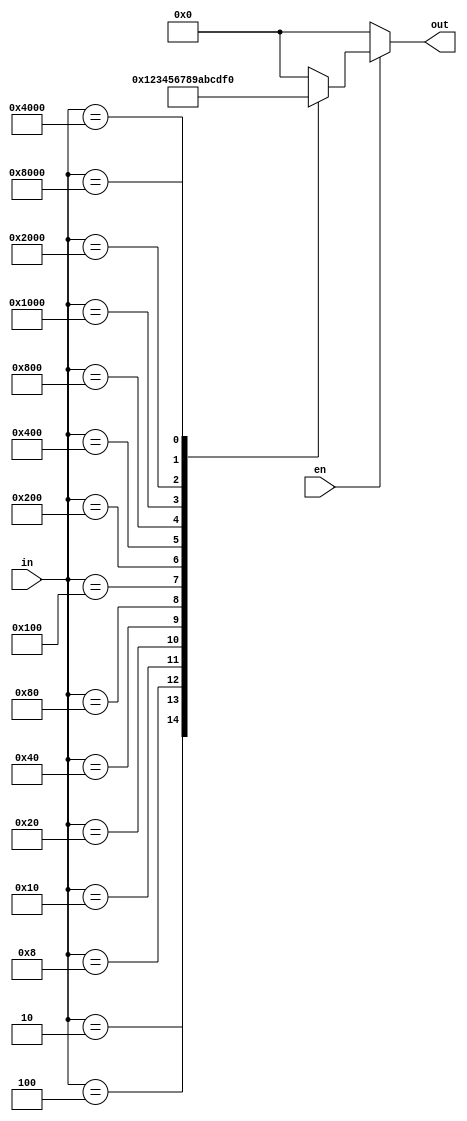
module encode164( out, in, en);
output [3:0] out;
input [15:0] in;
input en;

reg [3:0] out;

always@(en or in)
begin
	out = 0;
	if (en == 1)
	begin
		case(in)
		16'b0000000000000010: out = 4'b0001;
		16'b0000000000000100: out = 4'b0010;
		16'b0000000000001000: out = 4'b0011;
		16'b0000000000010000: out = 4'b0100;
		16'b0000000000100000: out = 4'b0101;
		16'b0000000001000000: out = 4'b0110;
		16'b0000000010000000: out = 4'b0111;
		16'b0000000100000000: out = 4'b1000;
		16'b0000001000000000: out = 4'b1001;
		16'b0000010000000000: out = 4'b1010;
		16'b0000100000000000: out = 4'b1011;
		16'b0001000000000000: out = 4'b1100;
		16'b0010000000000000: out = 4'b1101;
		16'b0100000000000000: out = 4'b1110;
		16'b1000000000000000: out = 4'b1111;
		default out = 4'b0000;
		endcase
	end
end
endmodule